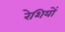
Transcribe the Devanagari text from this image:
रेशियों